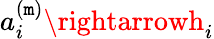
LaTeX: a_{i}^{(\mathtt{m})}\rightarrowh_{i}